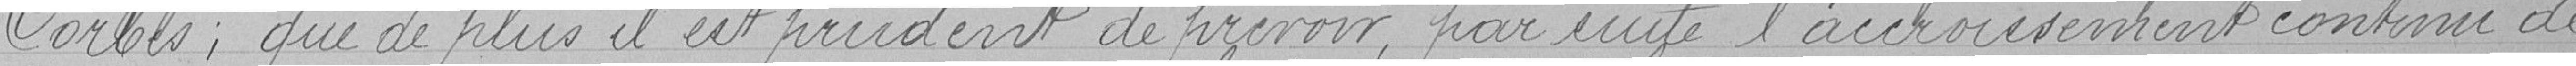
Corbis ; que de plus il est prudent de prévoir par suite l'accroissement continu de